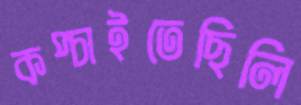
কপ্‌চাইতেছিলি